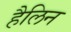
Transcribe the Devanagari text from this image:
हैलिन